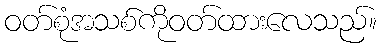
ဝတ်စုံအသစ်ကိုဝတ်ထားလေသည်။